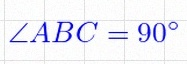
\angle ABC=90^\circ